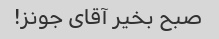
صبح بخیر آقای جونز!